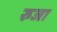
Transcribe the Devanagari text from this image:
रुजा